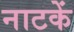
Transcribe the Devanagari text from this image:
नाटकें